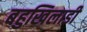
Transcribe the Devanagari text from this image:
बहुखिलाडी